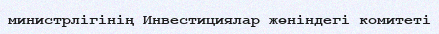
министрлігінің Инвестициялар жөніндегі комитеті